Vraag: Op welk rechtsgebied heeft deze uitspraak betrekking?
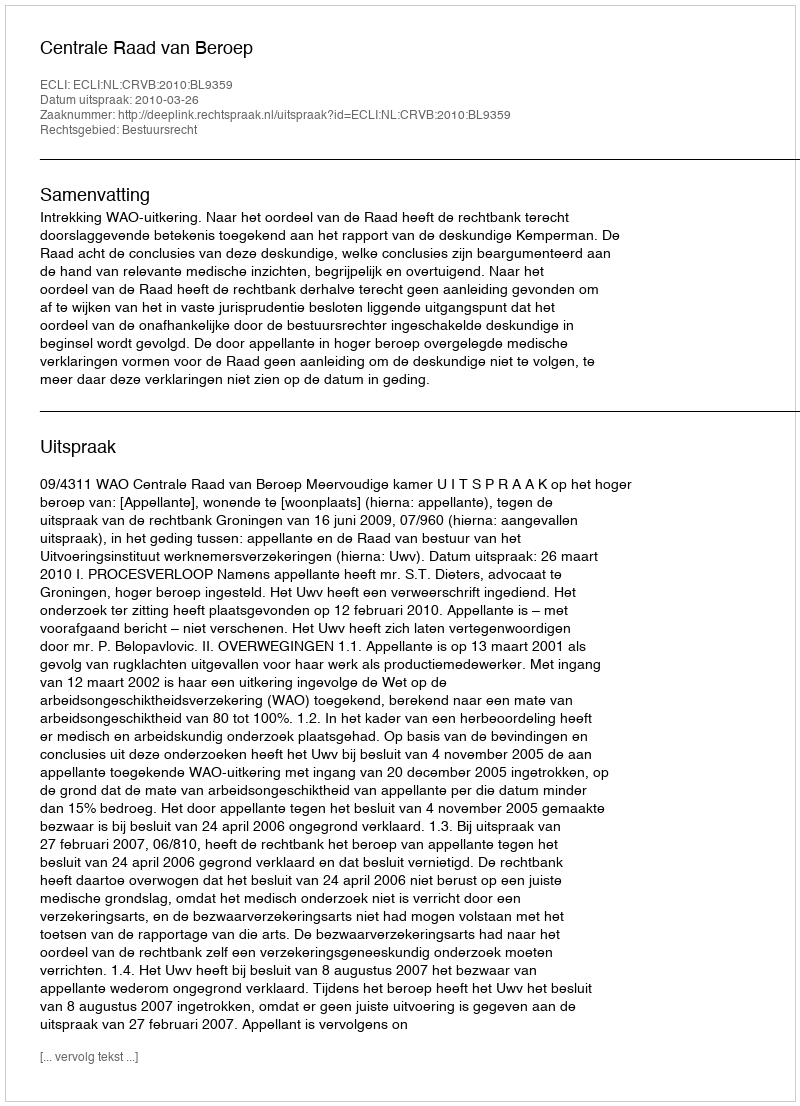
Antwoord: Bestuursrecht